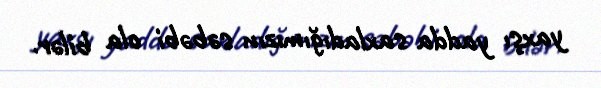
yaxşı yadda saxladığımızın səbəbi ola bilər.